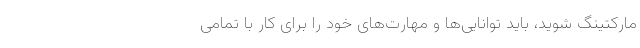
مارکتینگ شوید، باید توانایی‌ها و مهارت‌های خود را برای کار با تمامی